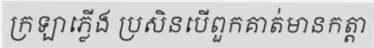
ក្រឡាភ្លើង ប្រសិនបើពួកគាត់មានកត្តា